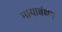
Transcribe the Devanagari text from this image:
मायाबंधन